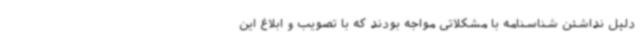
دلیل نداشتن شناسنامه با مشکلاتی مواجه بودند که با تصویب و ابلاغ این